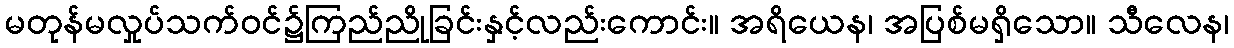
မတုန်မလှုပ်သက်ဝင်၌ကြည်ညိုခြင်းနှင့်လည်းကောင်း။ အရိယေန၊ အပြစ်မရှိသော။ သီလေန၊